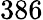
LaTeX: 386